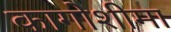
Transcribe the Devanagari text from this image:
कागोशीमा